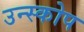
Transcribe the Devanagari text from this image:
उन्स्कोप